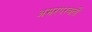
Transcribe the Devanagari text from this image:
अमरपरवर्ती